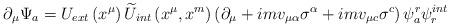
LaTeX: \begin{align*}\partial _{\mu }\Psi _{a}=U_{ext}\left( x^{\mu }\right) \widetilde{U}_{int}\left( x^{\mu },x^{m}\right) \left( \partial _{\mu }+imv_{\mu \alpha}\sigma ^{\alpha }+imv_{\mu c}\sigma ^{c}\right) \psi _{a}^{r}\psi _{r}^{int}\end{align*}